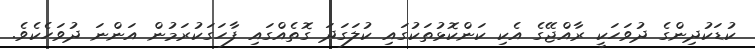
ކުޑަކުދިންގެ ދުވަހަކީ ރާއްޖޭގެ އެކި ކަންކޮޅުތަކުގައި ކުލަގަދަ ގޮތެއްގައި ފާހަގަކުރަމުން އަންނަ ދުވަހެކެވެ.